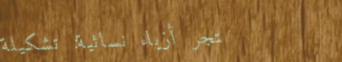
متجر أزياء نسائية: تشكيلة